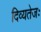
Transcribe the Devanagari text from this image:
दिव्यतेजः